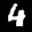
Label: 4